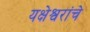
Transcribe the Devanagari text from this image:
यक्षेश्वरांचे